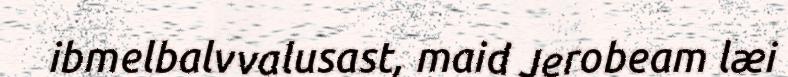
ibmelbalvvalusast, maid Jerobeam læi